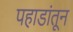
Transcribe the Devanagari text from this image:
पहाडांतून